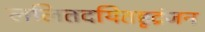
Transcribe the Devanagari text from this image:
ललितदयितहृद्रंजन